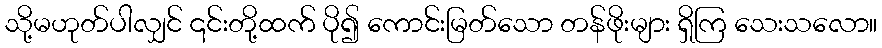
သို့မဟုတ်ပါလျှင် ၎င်းတို့ထက် ပို၍ ကောင်းမြတ်သော တန်ဖိုးများ ရှိကြ သေးသလော။